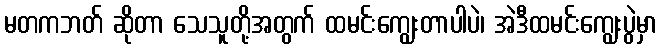
မတကဘတ် ဆိုတာ သေသူတို့အတွက် ထမင်းကျွေးတာပါပဲ၊ အဲဒီထမင်းကျွေးပွဲမှာ